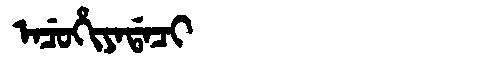
Manchu: ᠠᠴᡠᡥᡳᠶᠠᡩᠠᠴᡳ
Romanization: ACUHIYADACI